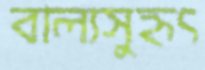
বাল্যসুহৃৎ